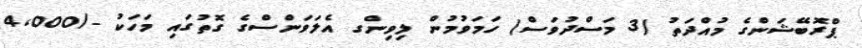
ޕްރޮބޭޝަންގެ މުއްދަތު (3 މަސްދުވަސް) ހަމަވުމުން ލިވިންގ އެލަވަންސްގެ ގޮތުގައި މަހަކު -/4